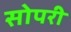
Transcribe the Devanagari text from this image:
सोपरी